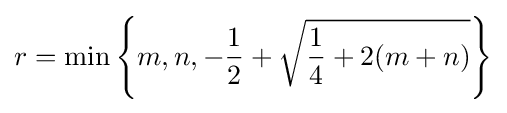
r=\min \left\{m,n,-{\frac {1}{2}}+{\sqrt {{\frac {1}{4}}+2(m+n)}}\right\}